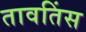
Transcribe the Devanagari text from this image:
तावतिंस